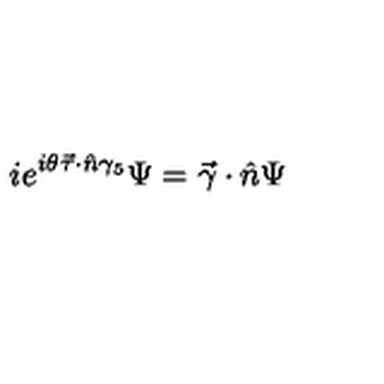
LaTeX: i e ^ { i \theta \vec { \tau } \cdot \hat { n } \gamma _ { 5 } } \Psi = \vec { \gamma } \cdot \hat { n } \Psi